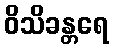
ဝိသိခန္တရေ